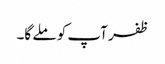
ظفر آپ کو ملے گا۔